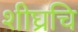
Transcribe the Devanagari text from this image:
शीघ्रचि